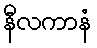
နီလကာနံ